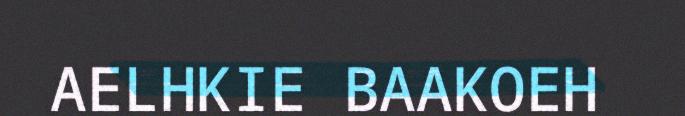
AELHKIE BAAKOEH